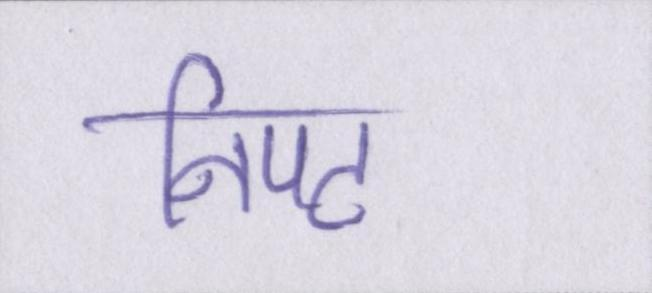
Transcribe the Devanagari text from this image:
निपट